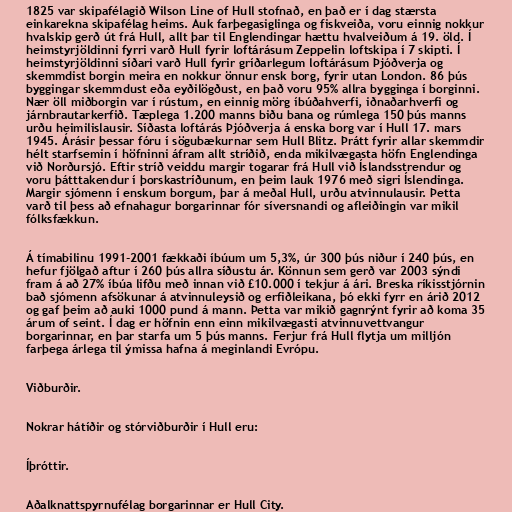
1825 var skipafélagið Wilson Line of Hull stofnað, en það er í dag stærsta
einkarekna skipafélag heims. Auk farþegasiglinga og fiskveiða, voru einnig nokkur
hvalskip gerð út frá Hull, allt þar til Englendingar hættu hvalveiðum á 19. öld. Í
heimstyrjöldinni fyrri varð Hull fyrir loftárásum Zeppelin loftskipa í 7 skipti. Í
heimstyrjöldinni síðari varð Hull fyrir gríðarlegum loftárásum Þjóðverja og
skemmdist borgin meira en nokkur önnur ensk borg, fyrir utan London. 86 þús
byggingar skemmdust eða eyðilögðust, en það voru 95% allra bygginga í borginni.
Nær öll miðborgin var í rústum, en einnig mörg íbúðahverfi, iðnaðarhverfi og
járnbrautarkerfið. Tæplega 1.200 manns biðu bana og rúmlega 150 þús manns
urðu heimilislausir. Síðasta loftárás Þjóðverja á enska borg var í Hull 17. mars
1945. Árásir þessar fóru í sögubækurnar sem Hull Blitz. Þrátt fyrir allar skemmdir
hélt starfsemin í höfninni áfram allt stríðið, enda mikilvægasta höfn Englendinga
við Norðursjó. Eftir stríð veiddu margir togarar frá Hull við Íslandsstrendur og
voru þátttakendur í þorskastríðunum, en þeim lauk 1976 með sigri Íslendinga.
Margir sjómenn í enskum borgum, þar á meðal Hull, urðu atvinnulausir. Þetta
varð til þess að efnahagur borgarinnar fór síversnandi og afleiðingin var mikil
fólksfækkun.

Á tímabilinu 1991-2001 fækkaði íbúum um 5,3%, úr 300 þús niður í 240 þús, en
hefur fjölgað aftur í 260 þús allra síðustu ár. Könnun sem gerð var 2003 sýndi
fram á að 27% íbúa lifðu með innan við £10.000 í tekjur á ári. Breska ríkisstjórnin
bað sjómenn afsökunar á atvinnuleysið og erfiðleikana, þó ekki fyrr en árið 2012
og gaf þeim að auki 1000 pund á mann. Þetta var mikið gagnrýnt fyrir að koma 35
árum of seint. Í dag er höfnin enn einn mikilvægasti atvinnuvettvangur
borgarinnar, en þar starfa um 5 þús manns. Ferjur frá Hull flytja um milljón
farþega árlega til ýmissa hafna á meginlandi Evrópu.

Viðburðir.

Nokrar hátíðir og stórviðburðir í Hull eru:

Íþróttir.

Aðalknattspyrnufélag borgarinnar er Hull City.